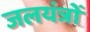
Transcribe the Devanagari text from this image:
जलयंत्रों